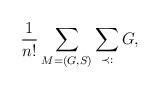
LaTeX: \begin{align*} \frac{1}{n!} \sum_{M=(G,S)} \sum_{\substack{\prec: \\ }} G, \end{align*}